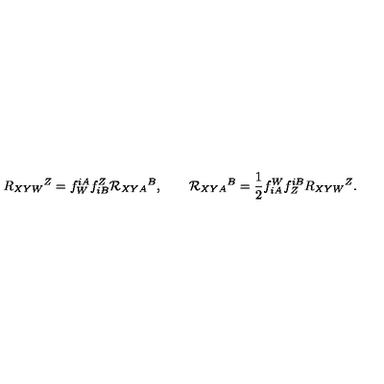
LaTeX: R _ { X Y W } { } ^ { Z } = f _ { W } ^ { i A } f _ { i B } ^ { Z } { \cal R } _ { X Y A } { } ^ { B } , \qquad { \cal R } _ { X Y A } { } ^ { B } = \frac 1 2 f _ { i A } ^ { W } f _ { Z } ^ { i B } R _ { X Y W } { } ^ { Z } .